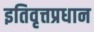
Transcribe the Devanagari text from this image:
इतिवृत्तप्रधान